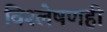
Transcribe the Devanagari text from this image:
विश्लेषणही